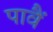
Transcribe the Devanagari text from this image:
पावैं